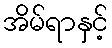
အိမ်ရာနှင့်